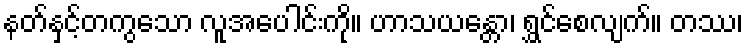
နတ်နှင့်တကွသော လူအပေါင်းကို။ ဟာသယန္တော၊ ရွှင်စေလျက်။ တဿ၊